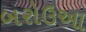
બરોઉઆ